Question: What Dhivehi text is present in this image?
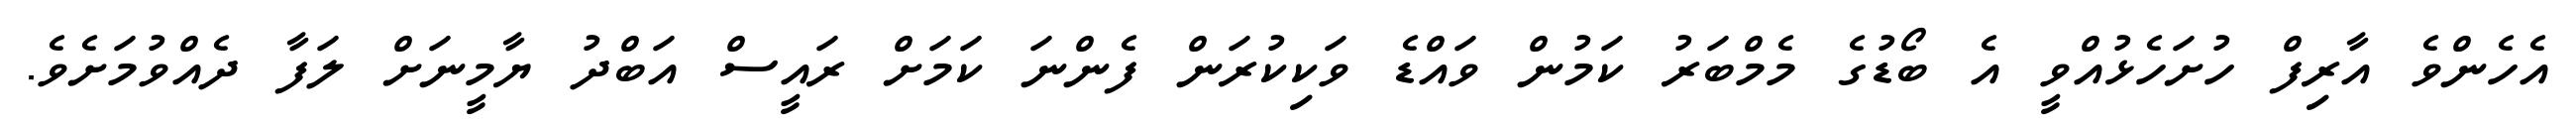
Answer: އެހެންވެ އާރިފް ހުށަހެޅުއްވީ އެ ބޯޑުގެ މެމްބަރު ކަމުން ވައްޑެ ވަކިކުރަން ފެންނަ ކަމަށް ރައީސް އަބްދު ޔާމީނަށް ލަފާ ދެއްވުމަށެވެ.